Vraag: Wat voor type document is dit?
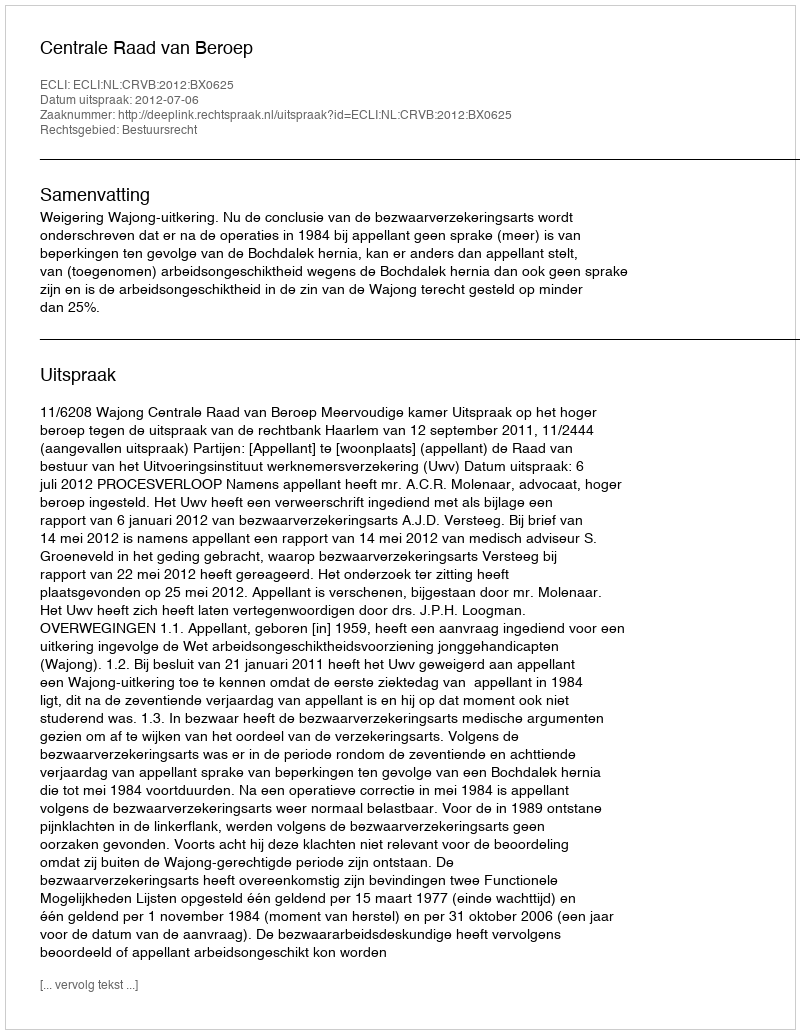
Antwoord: Uitspraak